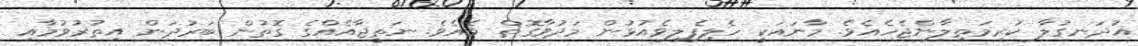
އުދަނގުލާ ކުރިމަތިލާންޖެހެއެވެ. މާނައަކީ ހެލިފެލިވެއުޅުން މަދުވާގޮތް ވެއެވެ. ނަތީޖާއެއްގެ ގޮތުން ބަރުދަން އިތުރުވުމާއި